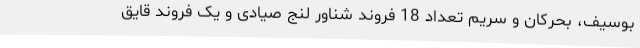
بوسیف، بحرکان و سریم تعداد 18 فروند شناور لنج صیادی و یک فروند قایق